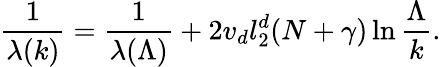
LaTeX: \frac{1}{\lambda(k)}=\frac{1}{\lambda(\Lambda)}+2v_{d}l_{2}^{d}(N+\gamma)\ln\frac{\Lambda}{k}.